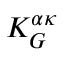
K _ { G } ^ { \alpha \kappa }